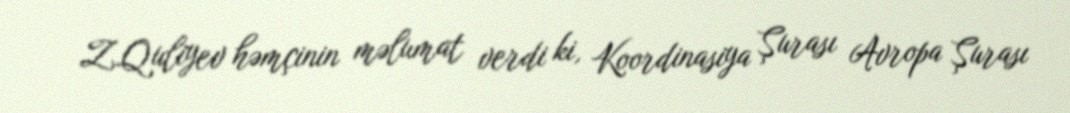
Z.Quliyev həmçinin məlumat verdi ki, Koordinasiya Şurası Avropa Şurası